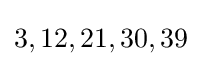
3,12,21,30,39